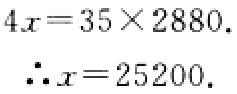
\[
\begin{align*}
4x&=35\times2880.\\
\therefore x&=25200.
\end{align*}
\]